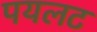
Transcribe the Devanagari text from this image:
पयलट